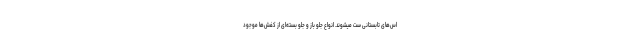
اس‌های تابستانی ست میشوند. انواع جلو باز و جلو بسته‌ای از کفش‌ها موجود